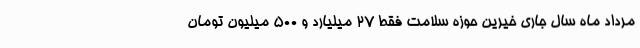
مرداد ماه سال جاری خیرین حوزه سلامت فقط 27 میلیارد و 500 میلیون تومان